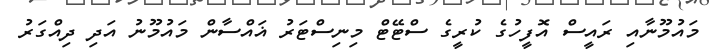
މައުމޫނާއި ރައީސް އޮފީހުގެ ކުރީގެ ސްޓޭޓް މިނިސްޓަރު ޣައްސާން މައުމޫނު އަދި ދިއްގަރު